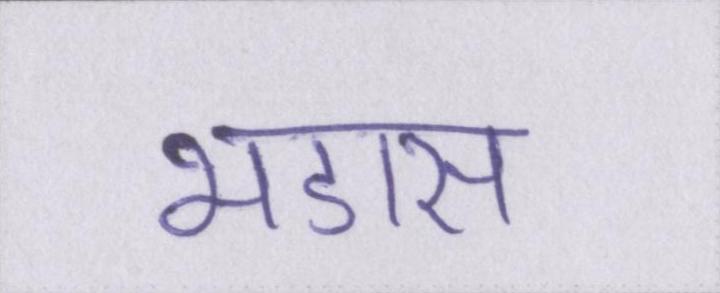
भडास